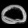
Digit: ၀